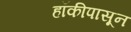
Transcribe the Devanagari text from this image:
हॉकीपासून